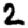
Digit: 2